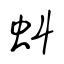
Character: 虯